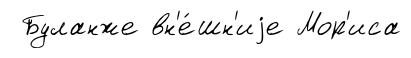
Буланже вн'е́шн'иjе Мор'иса